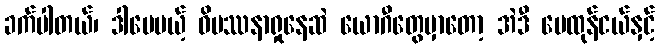
ခက်ပါတယ်၊ ဒါပေမယ့် ဝိပဿနာရှုနေဆဲ ယောဂီတွေမှာတော့ အဲဒီ မေထုန်ငယ်နှင့်